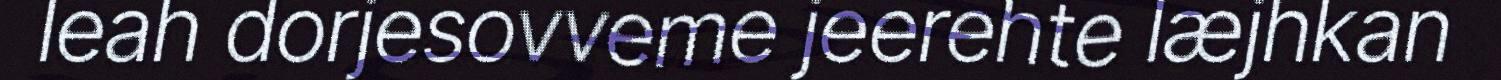
leah dorjesovveme jeerehte læjhkan